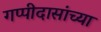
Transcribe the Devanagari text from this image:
गप्पीदासांच्या